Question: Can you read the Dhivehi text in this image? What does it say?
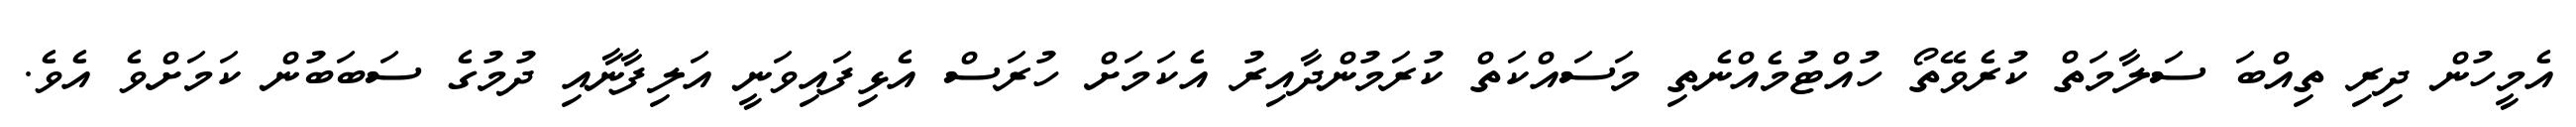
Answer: އެމީހުން ދިރި ތިއްބަ ސަލާމަތް ކުރެވޭތޯ ހުއްޓުމެއްނެތި މަސައްކަތް ކުރަމުންދާއިރު އެކަމަށް ހުރަސް އެޅިފައިވަނީ އަލިފާނާއި ދުމުގެ ސަބަބުން ކަމަށްވެ އެވެ.